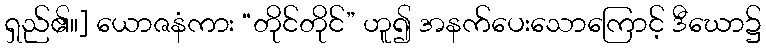
ရှည်၏။] ယောဇနံကား “တိုင်တိုင်” ဟူ၍ အနက်ပေးသောကြောင့် ဒီဃော၌